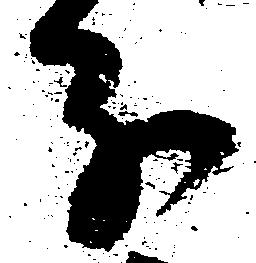
分